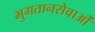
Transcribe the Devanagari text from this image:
भुगतानसेवाओं